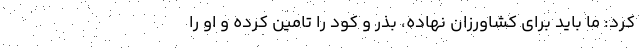
کرد: ما باید برای کشاورزان نهاده‌، بذر و کود را تامین کرده و او را